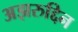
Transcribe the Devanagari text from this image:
अझरुद्दिन